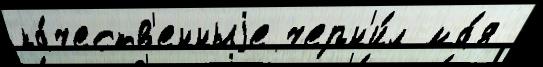
ка́честв'енныjе черн'и́л ма́я